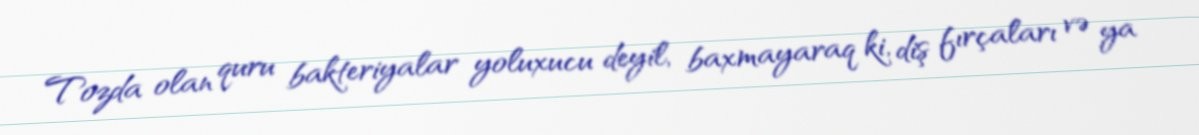
Tozda olan quru bakteriyalar yoluxucu deyil, baxmayaraq ki, diş fırçaları və ya